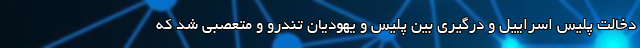
دخالت پلیس اسراییل و درگیری بین پلیس و یهودیان تندرو و متعصبی شد که